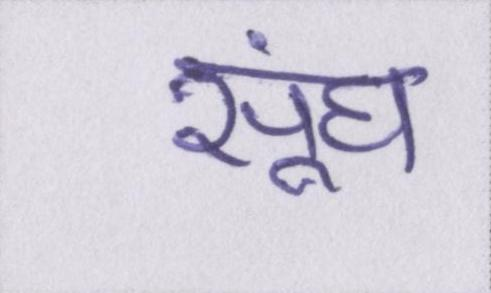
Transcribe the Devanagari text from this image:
सूंघ